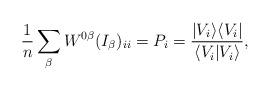
LaTeX: \begin{align*}\frac{1}{n}\sum_\beta W^{0 \beta} (I_\beta)_{i i} = P_i =\frac{| V_i \rangle \langle V_i |}{\langle V_i | V_i \rangle},\end{align*}